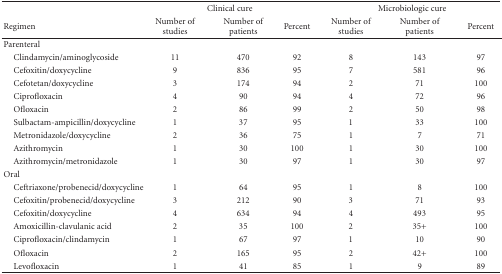
<table><thead><tr><td></td><td colspan="3"><b>Clinical cure</b></td><td colspan="3"><b>Microbiologic cure</b></td></tr><tr><td><b>Regimen</b></td><td><b>Number of studies</b></td><td><b>Number of patients</b></td><td><b>Percent</b></td><td><b>Number of studies</b></td><td><b>Number of patients</b></td><td><b>Percent</b></td></tr></thead><tbody><tr><td>Parenteral</td><td></td><td></td><td></td><td></td><td></td><td></td></tr><tr><td> Clindamycin/aminoglycoside</td><td>11</td><td>470</td><td>92</td><td>8</td><td>143</td><td>97</td></tr><tr><td> Cefoxitin/doxycycline</td><td>9</td><td>836</td><td>95</td><td>7</td><td>581</td><td>96</td></tr><tr><td> Cefotetan/doxycycline</td><td>3</td><td>174</td><td>94</td><td>2</td><td>71</td><td>100</td></tr><tr><td> Ciprofloxacin</td><td>4</td><td>90</td><td>94</td><td>4</td><td>72</td><td>96</td></tr><tr><td> Ofloxacin</td><td>2</td><td>86</td><td>99</td><td>2</td><td>50</td><td>98</td></tr><tr><td> Sulbactam-ampicillin/doxycycline</td><td>1</td><td>37</td><td>95</td><td>1</td><td>33</td><td>100</td></tr><tr><td> Metronidazole/doxycycline</td><td>2</td><td>36</td><td>75</td><td>1</td><td>7</td><td>71</td></tr><tr><td> Azithromycin</td><td>1</td><td>30</td><td>100</td><td>1</td><td>30</td><td>100</td></tr><tr><td> Azithromycin/metronidazole</td><td>1</td><td>30</td><td>97</td><td>1</td><td>30</td><td>97</td></tr><tr><td>Oral</td><td></td><td></td><td></td><td></td><td></td><td></td></tr><tr><td> Ceftriaxone/probenecid/doxycycline</td><td>1</td><td>64</td><td>95</td><td>1</td><td>8</td><td>100</td></tr><tr><td> Cefoxitin/probenecid/doxycycline</td><td>3</td><td>212</td><td>90</td><td>3</td><td>71</td><td>93</td></tr><tr><td> Cefoxitin/doxycycline</td><td>4</td><td>634</td><td>94</td><td>4</td><td>493</td><td>95</td></tr><tr><td> Amoxicillin-clavulanic acid</td><td>2</td><td>35</td><td>100</td><td>2</td><td>35+</td><td>100</td></tr><tr><td> Ciprofloxacin/clindamycin</td><td>1</td><td>67</td><td>97</td><td>1</td><td>10</td><td>90</td></tr><tr><td> Ofloxacin</td><td>2</td><td>165</td><td>95</td><td>2</td><td>42+</td><td>100</td></tr><tr><td> Levofloxacin</td><td>1</td><td>41</td><td>85</td><td>1</td><td>9</td><td>89</td></tr></tbody></table>